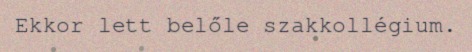
Ekkor lett belőle szakkollégium.